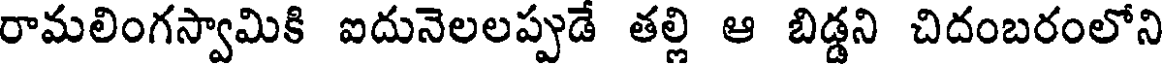
రామలింగస్వామికి ఐదునెలలప్పుడే తల్లి ఆ బిడ్డని చిదంబరంలోని